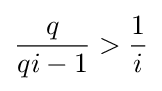
{\frac {q}{qi-1}}>{\frac {1}{i}}